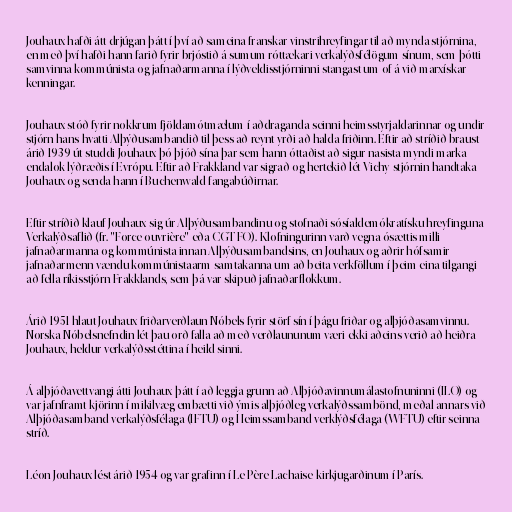
Jouhaux hafði átt drjúgan þátt í því að sameina franskar vinstrihreyfingar til að mynda stjórnina,
en með því hafði hann farið fyrir brjóstið á sumum róttækari verkalýðsfélögum sínum, sem þótti
samvinna kommúnista og jafnaðarmanna í lýðveldisstjórninni stangast um of á við marxískar
kenningar.

Jouhaux stóð fyrir nokkrum fjöldamótmælum í aðdraganda seinni heimsstyrjaldarinnar og undir
stjórn hans hvatti Alþýðusambandið til þess að reynt yrði að halda friðinn. Eftir að stríðið braust
árið 1939 út studdi Jouhaux þó þjóð sína þar sem hann óttaðist að sigur nasista myndi marka
endalok lýðræðis í Evrópu. Eftir að Frakkland var sigrað og hertekið lét Vichy-stjórnin handtaka
Jouhaux og senda hann í Buchenwald-fangabúðirnar.

Eftir stríðið klauf Jouhaux sig úr Alþýðusambandinu og stofnaði sósíaldemókratísku hreyfinguna
Verkalýðsaflið (fr. "Force ouvrière" eða CGT-FO). Klofningurinn varð vegna ósættis milli
jafnaðarmanna og kommúnista innan Alþýðusambandsins, en Jouhaux og aðrir hófsamir
jafnaðarmenn vændu kommúnistaarm samtakanna um að beita verkföllum í þeim eina tilgangi
að fella ríkisstjórn Frakklands, sem þá var skipuð jafnaðarflokkum.

Árið 1951 hlaut Jouhaux friðarverðlaun Nóbels fyrir störf sín í þágu friðar og alþjóðasamvinnu.
Norska Nóbelsnefndin lét þau orð falla að með verðlaununum væri ekki aðeins verið að heiðra
Jouhaux, heldur verkalýðsstéttina í heild sinni.

Á alþjóðavettvangi átti Jouhaux þátt í að leggja grunn að Alþjóðavinnumálastofnuninni (ILO) og
var jafnframt kjörinn í mikilvæg embætti við ýmis alþjóðleg verkalýðssambönd, meðal annars við
Alþjóðasamband verkalýðsfélaga (IFTU) og Heimssamband verklýðsfélaga (WFTU) eftir seinna
stríð.

Léon Jouhaux lést árið 1954 og var grafinn í Le Père Lachaise-kirkjugarðinum í París.